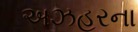
અઝહરના